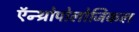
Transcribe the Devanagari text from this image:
ऍन्थ्रोपोलोजिकल